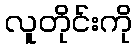
လူတိုင်းကို